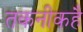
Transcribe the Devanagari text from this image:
तकनीकहै